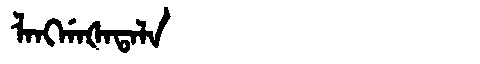
Manchu: ᠯᠠᠩᡤᠠᡧᠠᡨᠠᠯᠠ
Romanization: LANGGAŠATALA